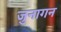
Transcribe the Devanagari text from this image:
जुनागन